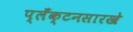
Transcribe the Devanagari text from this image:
प्लँक्टनसारखे